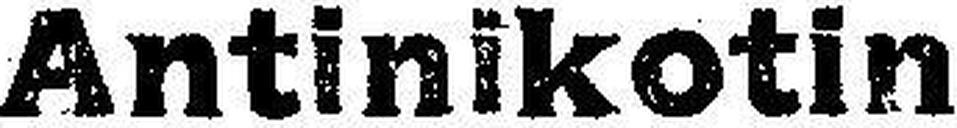
Antinikotin